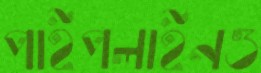
পাইপলাইনও